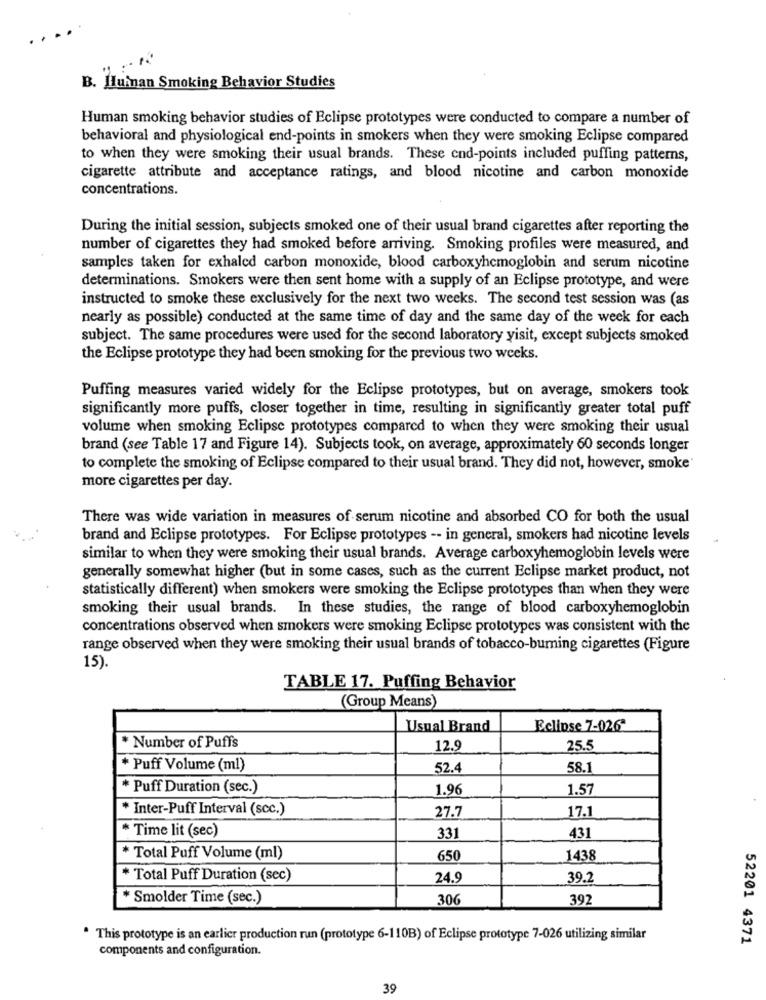
B. Huinan Smoking Behavior Studies
Human smoking behavior studies of Eclipse prototypes were conducted to compare a number of
behavioral and physiological end-points in smokers when they were smoking Eclipse compared
to when they were smoking their usual brands. These cnd-points included puffing patterns,
cigarette attribute and acceptance ratings, and blood nicotine and carbon monoxide
concentrations.
During the initial session, subjects smoked one of their usual brand cigarettes after reporting the
number of cigarettes they had smoked before arriving. Smoking profiles were measured, and
samples taken for exhaled carbon monoxide, blood carboxyhemoglobin and serum nicotine
determinations. Smokers were then sent home with a supply of an Eclipse prototype, and were
instructed to smoke these exclusively for the next two weeks. The second test session was (as
nearly as possible) conducted at the same time of day and the same day of the week for each
subject. The same procedures were used for the second laboratory yisit, except subjects smoked
the Eclipse prototype they had been smoking for the previous two weeks.
Puffing measures varied widely for the Eclipse prototypes, but on average, smokers took
significantly more puffs, closer together in time, resulting in significantly greater total puff
volume when smoking Eclipse prototypes compared to when they were smoking their usual
brand (see Table 17 and Figure 14). Subjects took, on average, approximately 60 seconds longer
to complete the smoking of Eclipse compared to their usual brand. They did not, however, smoke'
more cigarettes per day.
There was wide variation in measures of serum nicotine and absorbed CO for both the usual
brand and Eclipse prototypes. For Eclipse prototypes -- in general, smokers had nicotine levels
similar to when they were smoking their usual brands. Average carboxyhemoglobin levels were
generally somewhat higher (but in some cases, such as the current Eclipse market product, not
statistically different) when smokers were smoking the Eclipse prototypes than when they were
smoking their usual brands. In these studies, the range of blood carboxyhemoglobin
concentrations observed when smokers were smoking Eclipse prototypes was consistent with the
range observed when they were smoking their usual brands of tobacco-burning cigarettes (Figure
15).
TABLE 17. Puffing Behavior
(Group Means)
Usual Brand
Eclipse 7-026
* Number of Puffs
12.9
25.5
* Puff Volume (ml)
52.4
58.1
* Puff Duration (sec.)
1.96
1.57
* Inter-Puff Interval (scc.)
17.1
27.7
* Time lit (sec)
331
431
* Total Puff Volume (ml)
650
1438
* Total Puff Duration (sec)
24.9
39.2
* Smolder Time (sec.)
306
392
. This prototype is an earlier production run (prototype 6-110B) of Eclipse prototype 7-026 utilizing similar
52201 4371
components and configuration.
39